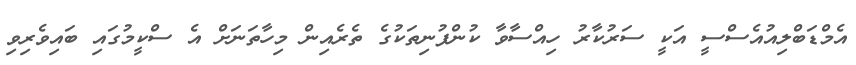
އެމްޑަބްލިއުއެސްސީ އަކީ ސަރުކާރު ހިއްސާވާ ކުންފުނިތަކުގެ ތެރެއިން މިހާތަނަށް އެ ސްކީމުގައި ބައިވެރިވި